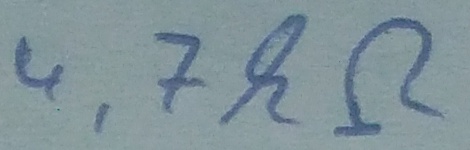
Text: 4,7kΩ